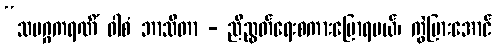
“သမဂ္ဂကရဏိံ ဝါစံ ဘာသိတာ - ညီညွတ်ရေးစကားပြောရမယ်၊ ကွဲပြားအောင်